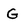
Character: G